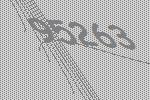
95263